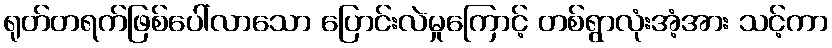
ရုတ်တရက်ဖြစ်ပေါ်လာသော ပြောင်းလဲမှုကြောင့် တစ်ရွာလုံးအံ့အား သင့်ကာ